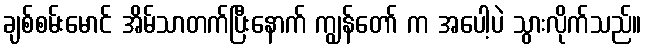
ချစ်စမ်းမောင် အိမ်သာတက်ပြီးနောက် ကျွန်တော် က အပေါ့ပဲ သွားလိုက်သည်။